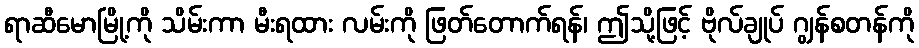
ရာဆီမောမြို့ကို သိမ်းကာ မီးရထား လမ်းကို ဖြတ်တောက်ရန်၊ ဤသို့ဖြင့် ဗိုလ်ချုပ် ဂျွန်စတန်ကို